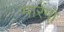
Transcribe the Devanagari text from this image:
मारेंगो